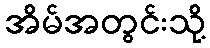
အိမ်အတွင်းသို့